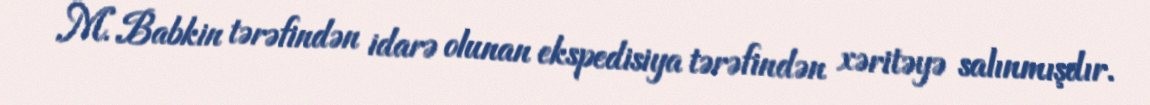
M. Babkin tərəfindən idarə olunan ekspedisiya tərəfindən xəritəyə salınmışdır.